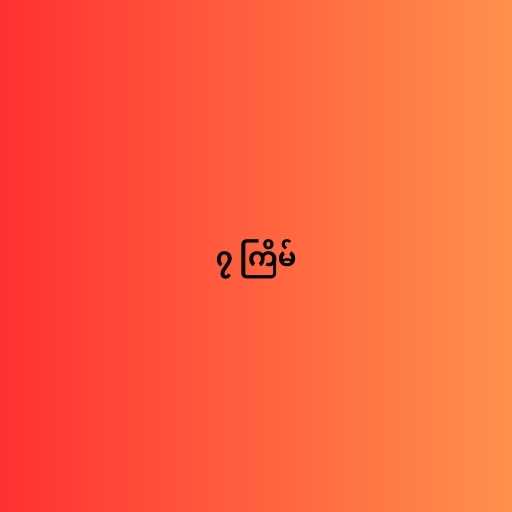
၇ ကြိမ်